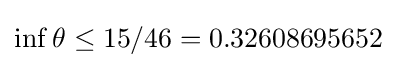
\inf \theta \leq 15/46=0.32608695652